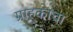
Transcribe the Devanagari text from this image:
ग्राहकाचा